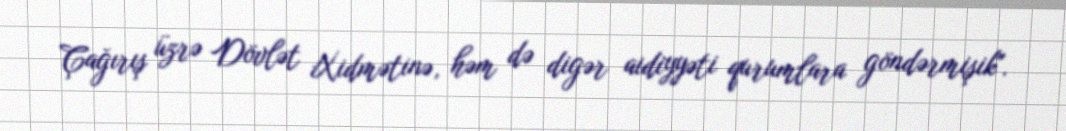
Çağırış üzrə Dövlət Xidmətinə, həm də digər aidiyyəti qurumlara göndərmişik".